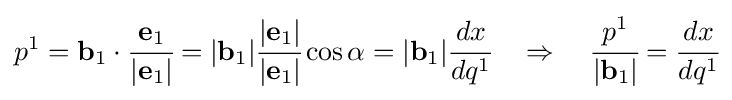
p^{1}=\mathbf {b} _{1}\cdot {\cfrac {\mathbf {e} _{1}}{|\mathbf {e} _{1}|}}=|\mathbf {b} _{1}|{\cfrac {|\mathbf {e} _{1}|}{|\mathbf {e} _{1}|}}\cos \alpha =|\mathbf {b} _{1}|{\cfrac {dx}{dq^{1}}}\quad \Rightarrow \quad {\cfrac {p^{1}}{|\mathbf {b} _{1}|}}={\cfrac {dx}{dq^{1}}}